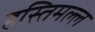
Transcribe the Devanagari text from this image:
हस्तिमल्ल